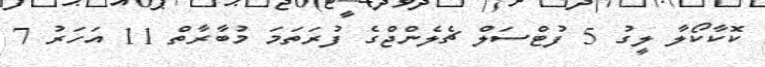
ކޮކާކޯލާ ލީގު 5 ފުޓްސަލް ޗެލެންޖްގެ ފުރަތަމަ މުބާރާތް 11 އަހަރު 7